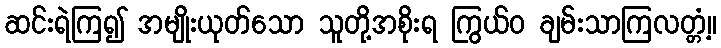
ဆင်းရဲကြ၍ အမျိုးယုတ်သော သူတို့အစိုးရ ကြွယ်ဝ ချမ်းသာကြလတ္တံ့။